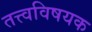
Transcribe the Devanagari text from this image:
तत्त्वविषयक